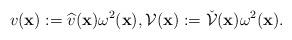
LaTeX: \begin{align*}v(\mathbf{x}):=\widehat{v}(\mathbf{x})\omega ^2(\mathbf{x}),\mathcal{V}(\mathbf{x}):=\check{\mathcal{V}}(\mathbf{x})\omega ^2(\mathbf{x}).\end{align*}